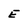
Character: E